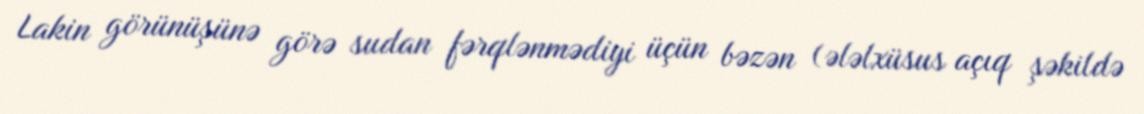
Lakin görünüşünə görə sudan fərqlənmədiyi üçün bəzən (ələlxüsus açıq şəkildə